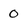
Character: 0